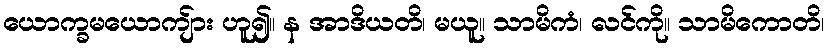
ယောက္ခမယောကျ်ား ဟူ၍။ န အာဒိယတိ၊ မယူ။ သာမိကံ၊ လင်ကို။ သာမိကောတိ၊